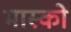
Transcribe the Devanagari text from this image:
मास्‍को